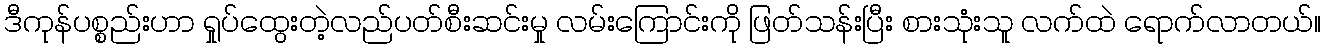
ဒီကုန်ပစ္စည်းဟာ ရှုပ်ထွေးတဲ့လည်ပတ်စီးဆင်းမှု လမ်းကြောင်းကို ဖြတ်သန်းပြီး စားသုံးသူ လက်ထဲ ရောက်လာတယ်။